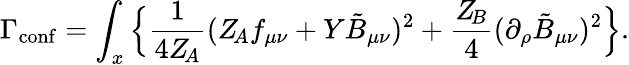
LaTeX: \Gamma_{\mathrm{conf}}=\int_{x}\Big\{ \frac{1}{4Z_{\! A}}(Z_{\! A}f_{\mu\nu}+Y\tilde{B}_{\mu\nu})^{2}+\frac{Z_{\! B}}{4}(\partial_{\rho}\tilde{B}_{\mu\nu})^{2}\Big\} .